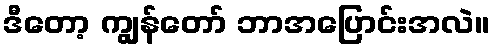
ဒီတော့ ကျွန်တော် ဘာအပြောင်းအလဲ။